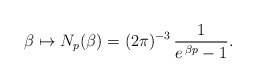
\begin{align*}\beta \mapsto N_p(\beta) = (2\pi)^{-3} \, \frac{1}{e^{\, \beta p} - 1}.\end{align*}